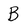
Character: B